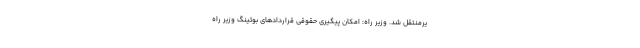
یرمنتقل شد. وزیر راه: امکان پیگیری حقوقی قراردادهای بوئینگ وزیر راه